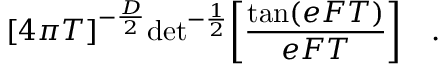
{ \lbrack 4 \pi T \rbrack } ^ { - { \frac { D } { 2 } } } \mathrm { d e t } ^ { - { \frac { 1 } { 2 } } } \biggl [ { \frac { \mathrm { t a n } ( e F T ) } { e F T } } \biggr ] \quad . \,